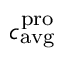
c _ { \mathrm { a v g } } ^ { \mathrm { p r o } }